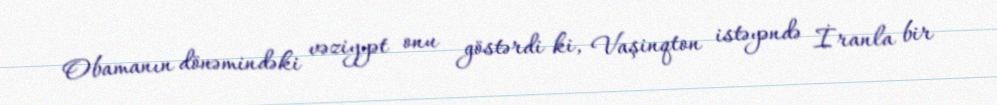
Obamanın dönəmindəki vəziyyət onu göstərdi ki, Vaşinqton istəyəndə İranla bir